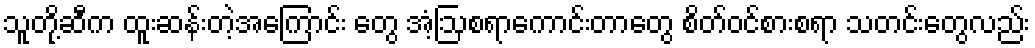
သူတို့ဆီက ထူးဆန်းတဲ့အကြောင်း တွေ အံ့ဩစရာကောင်းတာတွေ စိတ်ဝင်စားစရာ သတင်းတွေလည်း